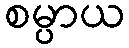
စမ္ပာယ